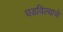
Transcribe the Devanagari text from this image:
घडविल्याचे